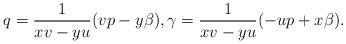
LaTeX: \begin{align*}q=\frac{1}{xv-yu}(vp-y\beta),\gamma =\frac{1}{xv-yu}(-up+x \beta).\end{align*}